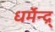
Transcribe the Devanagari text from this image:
धर्मेन्द्र्